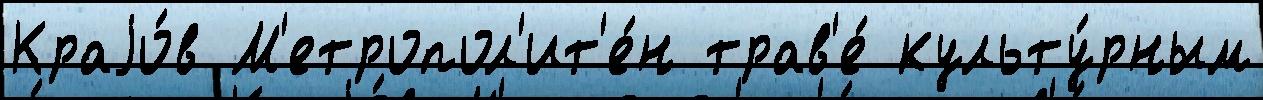
Краjо́в М'етропол'ит'е́н трав'е́ культу́рным